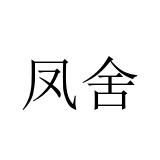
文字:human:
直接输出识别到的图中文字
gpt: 凤舍